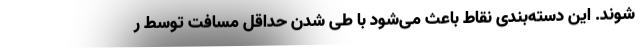
شوند. این دسته‌بندی نقاط باعث می‌شود با طی شدن حداقل مسافت توسط ر